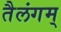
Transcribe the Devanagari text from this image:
तैलंगम्